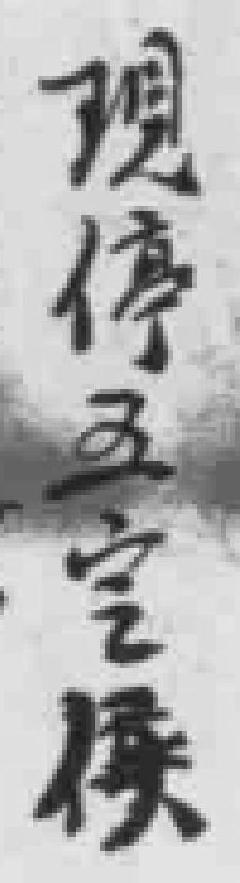
現停五空侯